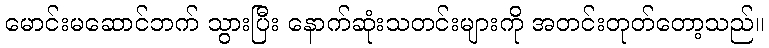
မောင်းမဆောင်ဘက် သွားပြီး နောက်ဆုံးသတင်းများကို အတင်းတုတ်တော့သည်။